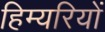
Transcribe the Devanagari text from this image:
हिम्यरियों